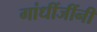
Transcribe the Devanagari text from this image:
गांधींजींनी